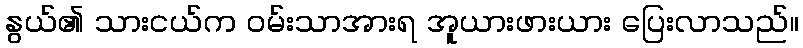
နွယ်၏ သားငယ်က ဝမ်းသာအားရ အူယားဖားယား ပြေးလာသည်။